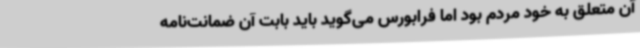
آن متعلق به خود مردم بود اما فرابورس می‌گوید باید بابت آن ضمانت‌نامه